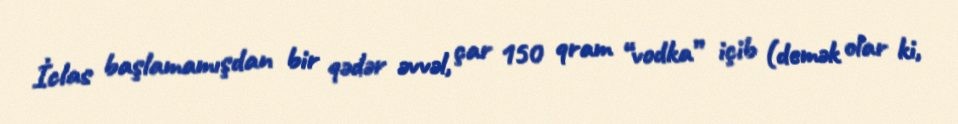
İclas başlamamışdan bir qədər əvvəl, çar 150 qram “vodka” içib (demək olar ki,